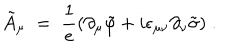
{ \tilde { A } } _ { \mu } \; = \; \frac { 1 } { e } ( \partial _ { \mu } { \tilde { \varphi } } + i \epsilon _ { \mu \nu } \partial _ { \nu } { \tilde { \sigma } } ) \; .